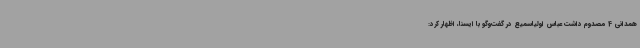
همدانی 4 مصدوم داشت عباس اولیاسمیع در گفت‌وگو با ایسنا، اظهار کرد: